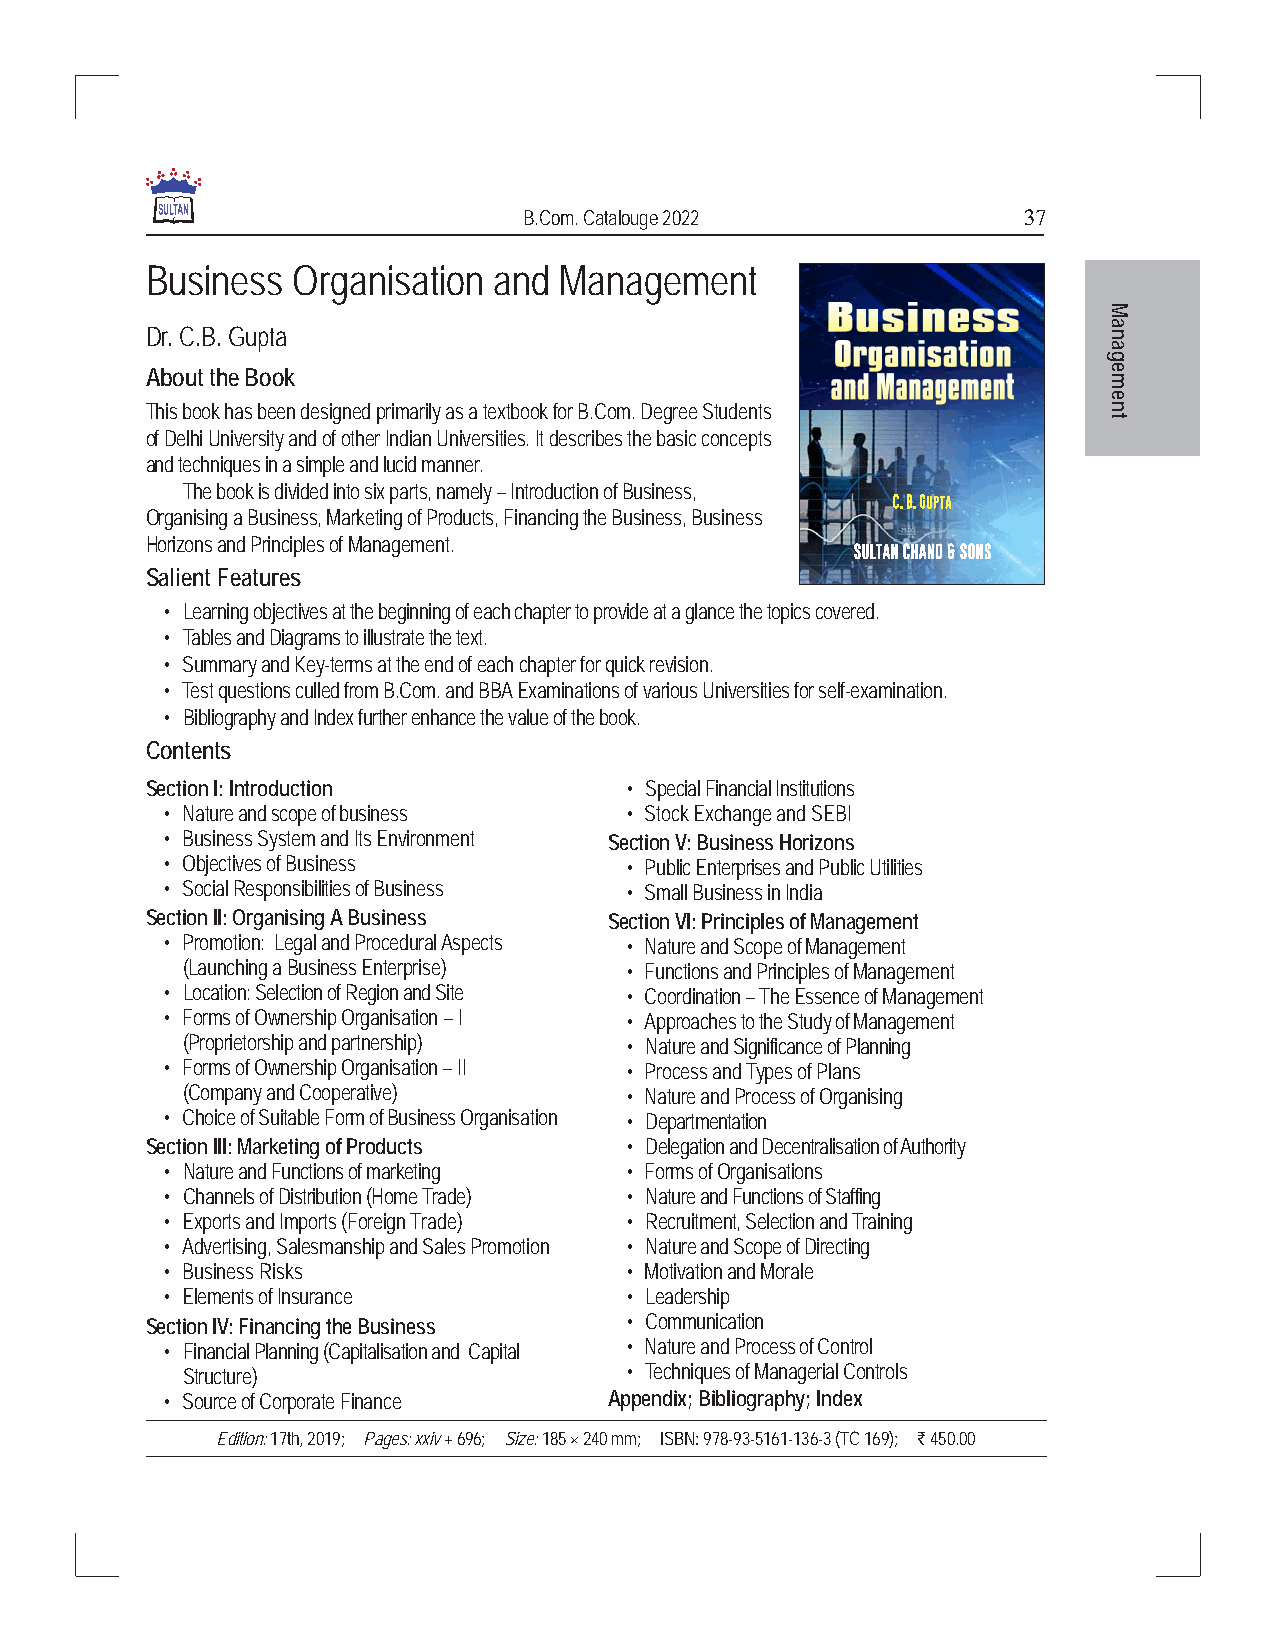
B.Com. Catalouge 2022            37
 Business Organisation  and Management
 M
 Dr. C.B. Gupta                                                 na
 a
 g
 About the Book                                                 e
 m
 e
 This book has been designed primarily as a textbook for B.Com. Degree Students n
 t
 of Delhi University and of other Indian Universities. It describes the basic concepts
 and techniques in a simple and lucid manner.
 The book is divided into six parts, namely – Introduction of Business,
 Organising a Business, Marketing of Products, Financing the Business, Business
 Horizons and Principles of Management.
 Salient Features
 • Learning objectives at the beginning of each chapter to provide at a glance the topics covered.
 • Tables and Diagrams to illustrate the text.
 • Summary and Key-terms at the end of each chapter for quick revision.
 • Test questions culled from B.Com. and BBA Examinations of various Universities for self-examination.
 • Bibliography and Index further enhance the value of the book.
 Contents
 Section I: Introduction        • Special Financial Institutions
 • Nature and scope of business • Stock Exchange and SEBI
 • Business System and Its Environment Section V: Business Horizons
 • Objectives of Business      • Public Enterprises and Public Utilities
 • Social Responsibilities of Business • Small Business in India
 Section II: Organising A Business Section VI: Principles of Management
 • Promotion: Legal and Procedural Aspects • Nature and Scope of Management
 (Launching a Business Enterprise) • Functions and Principles of Management
 • Location: Selection of Region and Site • Coordination – The Essence of Management
 • Forms of Ownership Organisation – I • Approaches to the Study of Management
 (Proprietorship and partnership) • Nature and Significance of Planning
 • Forms of Ownership Organisation – II • Process and Types of Plans
 (Company and Cooperative)    • Nature and Process of Organising
 • Choice of Suitable Form of Business Organisation • Departmentation
 Section III: Marketing of Products • Delegation and Decentralisation of Authority
 • Nature and Functions of marketing • Forms of Organisations
 • Channels of Distribution (Home Trade) • Nature and Functions of Staffing
 • Exports and Imports (Foreign Trade) • Recruitment, Selection and Training
 • Advertising, Salesmanship and Sales Promotion • Nature and Scope of Directing
 • Business Risks              • Motivation and Morale
 • Elements of Insurance       • Leadership
 Section IV: Financing the Business • Communication
 • Financial Planning (Capitalisation and Capital • Nature and Process of Control
 Structure)                   • Techniques of Managerial Controls
 • Source of Corporate Finance Appendix; Bibliography; Index
 Edition: 17th, 2019; Pages: xxiv + 696; Size: 185 × 240 mm; ISBN: 978-93-5161-136-3 (TC 169); ` 450.00